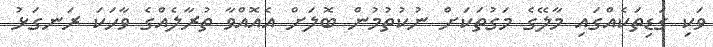
ވަކި ގަޑިތަކެއްގައި މާލޭގެ މަގުތަކަށް ނުކުތުމުން ބޮލަށް އެއޮއްވާ ތުރާލެއްގެ ވާހަކަ ރަނގަޅު